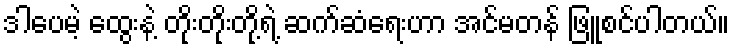
ဒါပေမဲ့ ထွေးနဲ့ တိုးတိုးတို့ရဲ့ ဆက်ဆံရေးဟာ အင်မတန် ဖြူစင်ပါတယ်။